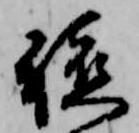
軈